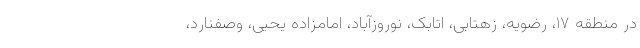
در منطقه ۱۷، رضویه، زهتابی، اتابک، نوروزآباد، امامزاده یحیی، وصفنارد،